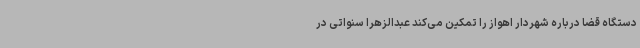
دستگاه قضا درباره شهردار اهواز را تمکین می‌کند عبدالزهرا سنواتی در